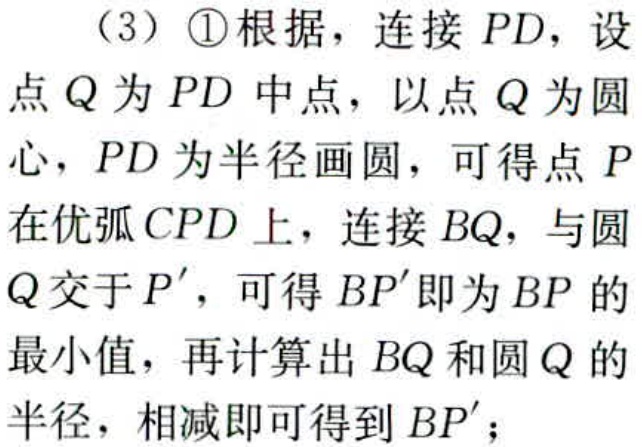
（3）\textcircled{1}根据，连接 \(PD\)，设点 \(Q\) 为 \(PD\) 中点，以点 \(Q\) 为圆心，\(PD\) 为半径画圆，可得点 \(P\) 在优弧 \(CPD\) 上，连接 \(BQ\)，与圆 \(Q\) 交于 \(P'\)，可得 \(BP'\) 即为 \(BP\) 的最小值，再计算出 \(BQ\) 和圆 \(Q\) 的半径，相减即可得到 \(BP'\)；